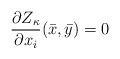
LaTeX: \begin{align*} \frac{\partial Z_\kappa}{\partial x_i}(\bar{x},\bar{y}) = 0 \end{align*}